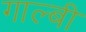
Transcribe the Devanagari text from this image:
गाल्बी